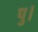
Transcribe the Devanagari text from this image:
पु।